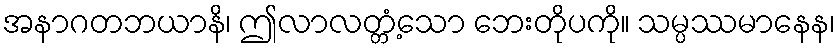
အနာဂတဘယာနိ၊ ဤလာလတ္တံ့သော ဘေးတိုပကို။ သမ္ပဿမာနေန၊